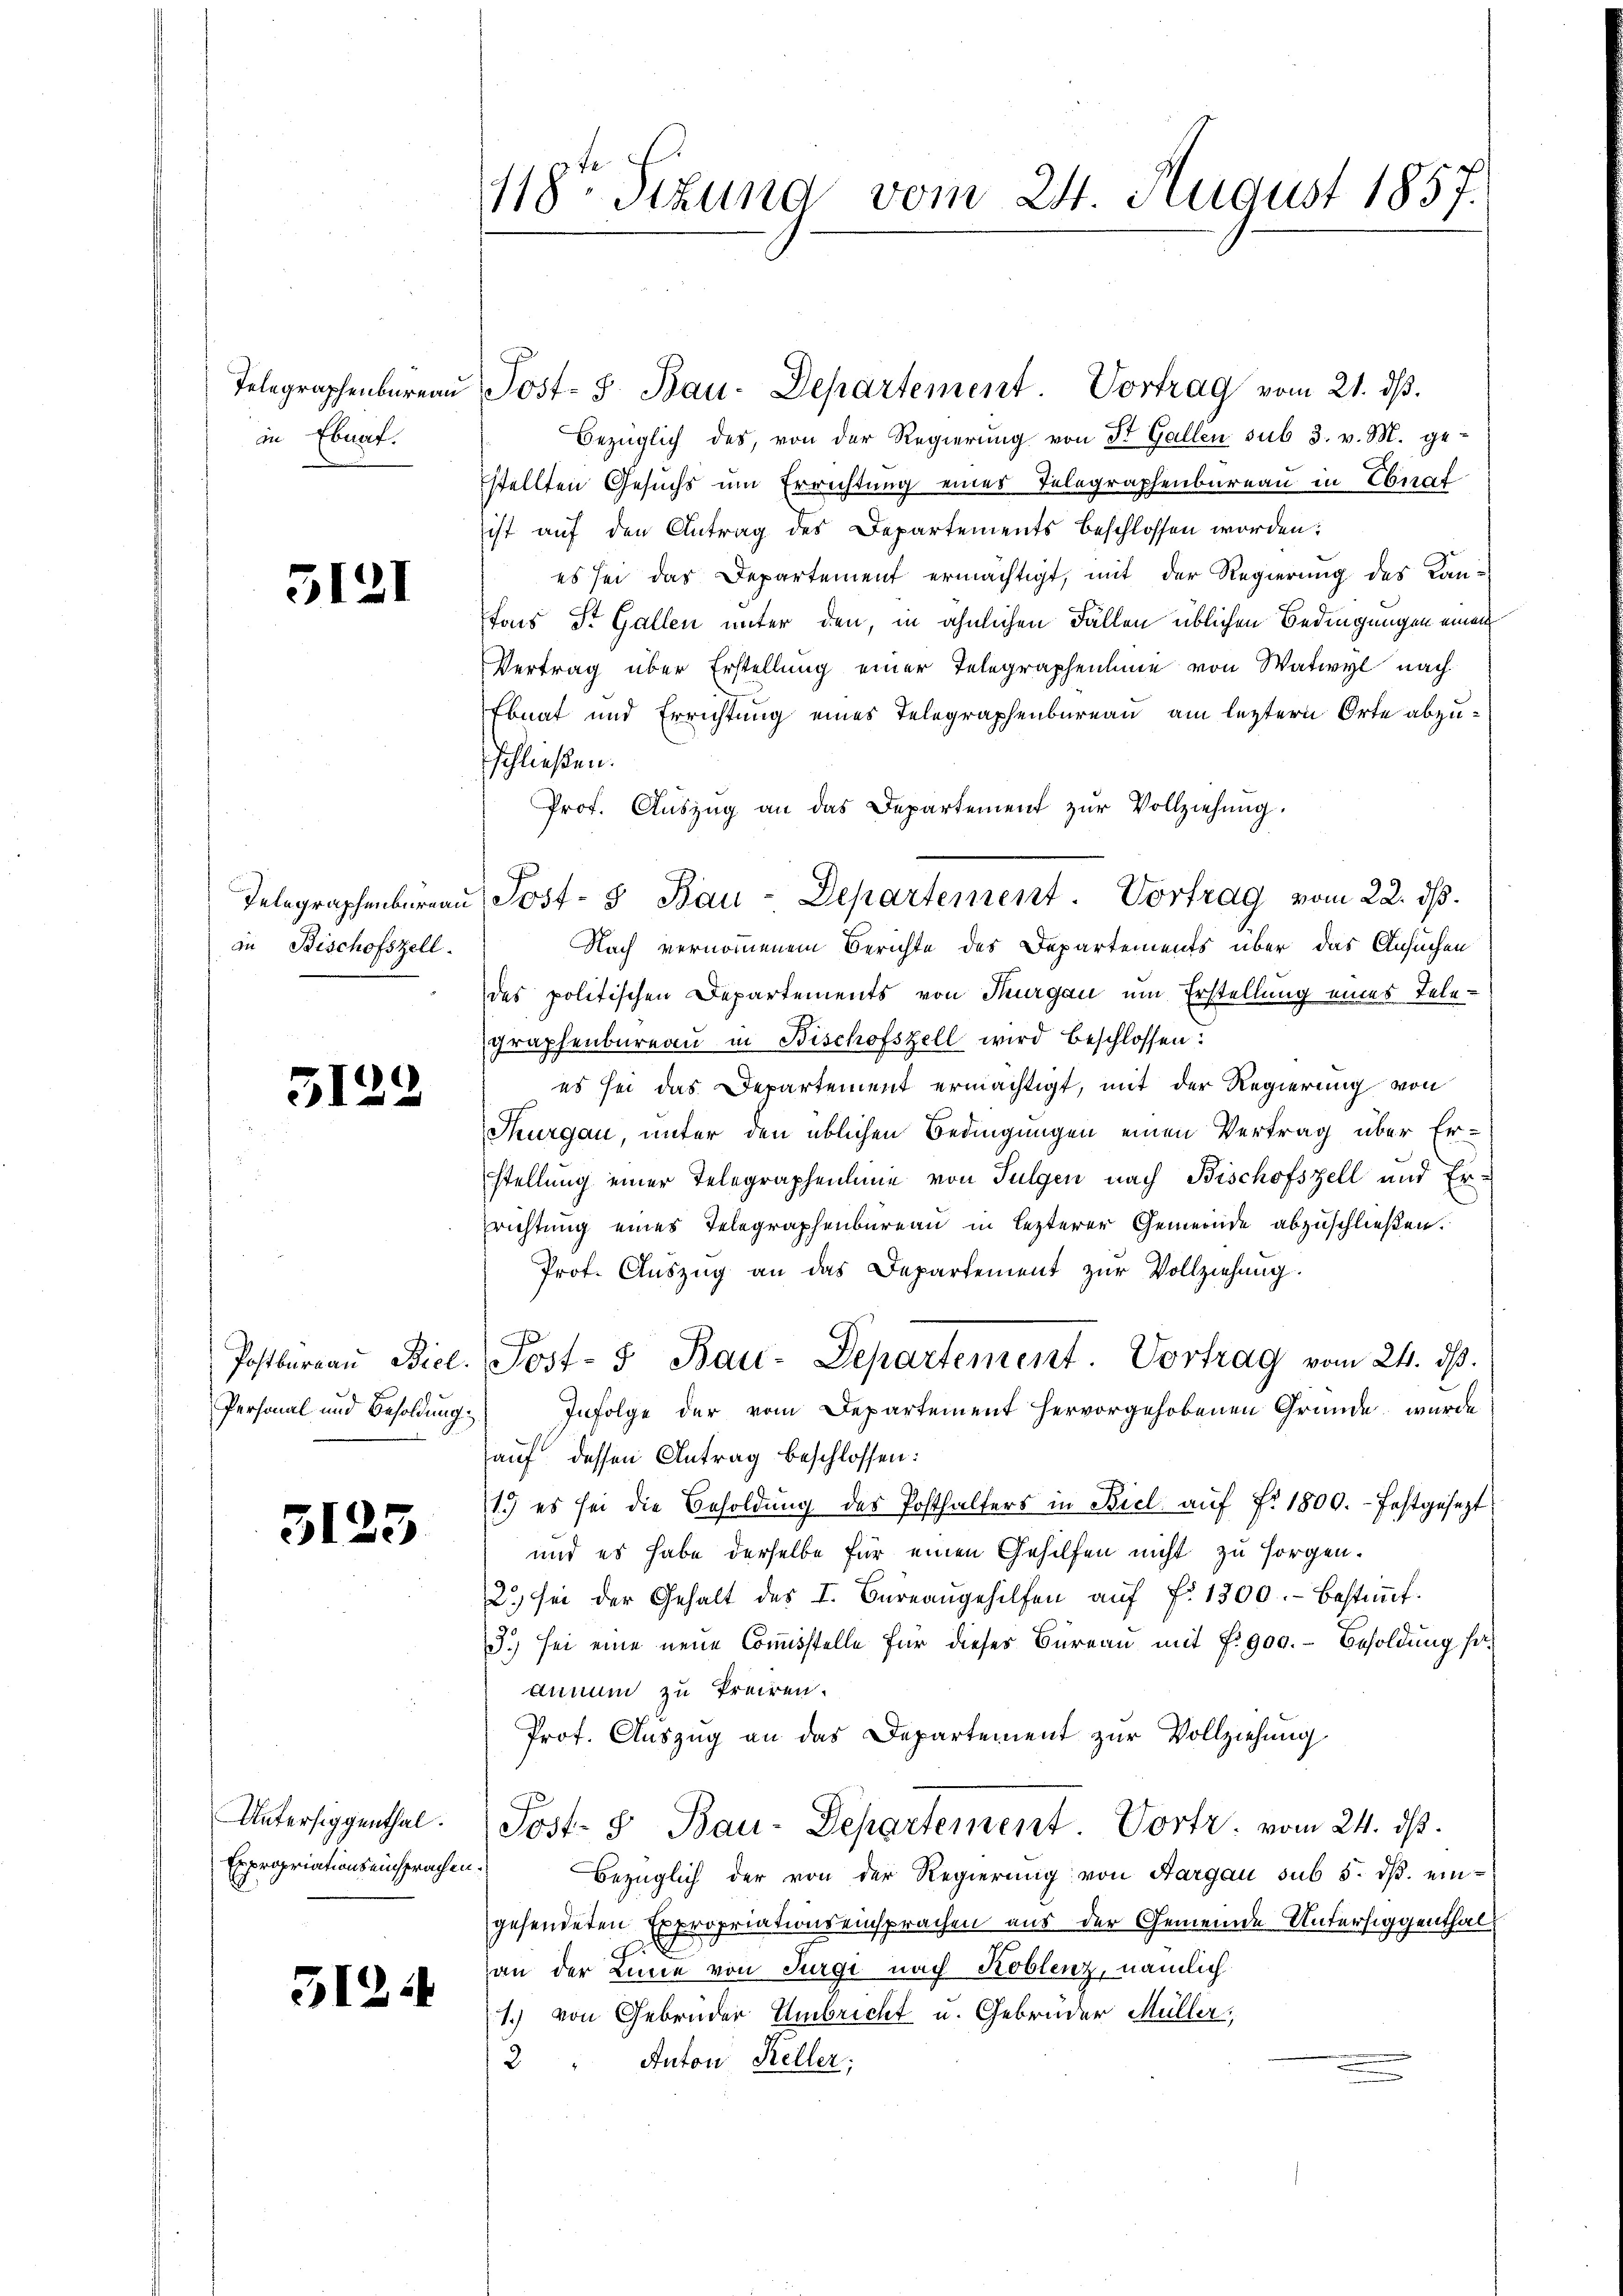
Telegraphenbureau
in Ebnat.

5121

in Bischofszell.

1
3125

Personal und Besoldung

5123

Untersiggenthal.
Expropriationseinsprachen

512.

118ten Sitzung vom 24. August 1857.

u Post- 8. Bau-Departement. Vortrag vom 21. ds.
Bezüglich des, von der Regierŭng von St. Gallen sub 3. v. M. ge-
stellten Gesuchs um Errichtung eines Telegraphenbureau in Ebnaf
ist auf den Antrag des Departements beschlossen worden:
es sei das Departement ermächtigt, mit der Regierung des Kanfons St. Gallen unter den, in ähnlichen Fällen üblichen Bedingungen einen
Vertrag über Erstellung einer Telegraphenlinie von Watwyl nach
Ebnat und Errichtung eines Telegraphenbureau am leztern Orte abzuschließen.
Prof. Auszug an das Departement zur Vollziehung.
Nach vernommenem Berichte des Departements über das Ansuchen
des politischen Departements von Thurgau um Erstellung eines Telegraphenbüreaŭ in Bischofszell wird beschlossen:
es sei das Departement ermächtigt, mit der Regierung von
Thurgau, unter den üblichen Bedingungen einen Vertrag über Er-
stellung einer Telegraphenlinie von Fulgen nach Bischofszell und Er-
richtung eines Telegraphenbureau in lezterer Gemeinde abzuschließen.
Prof. Auszug an das Departement zur Vollziehung.
Postberau Biel. Post- 5 Bau-Departement. Vortrag vom 24. ds.
Infolge der vom Departement hervorgehobenen Gründe wurde
auf dessen Antrag beschlossen:
1.) es sei die Besoldung des Posthalters in Biel aŭf fr. 1809. festgesezt
und es habe derselbe für einen Gehilfen nicht zu sorgen.
2.) sei der Gehalt des I. Büreaŭgehilfen aŭf fr. 1300.- bestimmt.
3.) sei eine neue Commisstelle für dieses Büreau mit P. 900.- Besoldung haannum zu treiren.
Prof. Auszug an das Departement zur Vollziehung
Post- & Bau-Departement. Vortr. vom 24. ds.
e
Bezüglich der von der Regierung von Aargau sub 5. dβ. eingesendeten Expropriationseinsprachen aus der Gemeinde Untersiggenthal
an der Linie von Turgi nach Koblenz, nämlich
1.) von Gebrüder Umbricht u. Gebrüder Müller,
2 " Anton Keller;

Telegraphenbernau, Post- & Bau-Departement. Vortrag vom 22. ds.